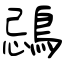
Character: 鵋